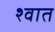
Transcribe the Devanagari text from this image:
श्वात